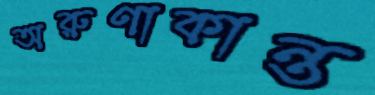
অরুণাকান্ত